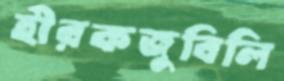
হীরকজুবিলি